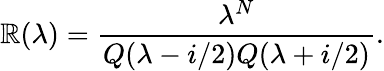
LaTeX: \mathbb{R}(\lambda)=\frac{{\lambda^{N}}}{{Q(\lambda-i/2)Q(\lambda+i/2)}}.